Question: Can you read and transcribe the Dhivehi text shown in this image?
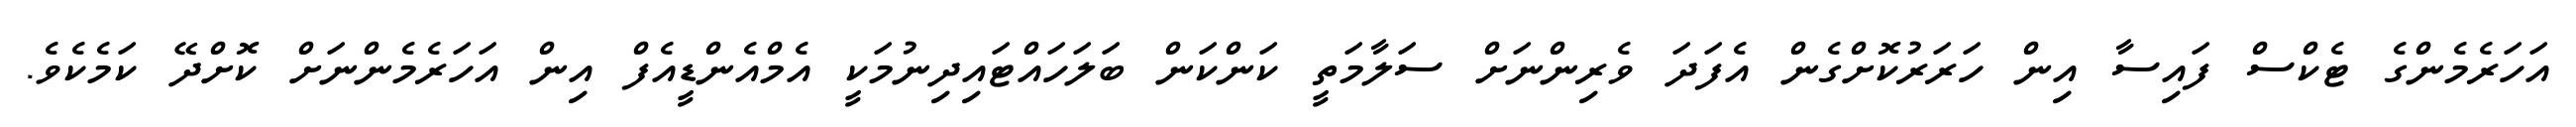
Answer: އަހަރެމެންގެ ޓެކްސް ފައިސާ އިން ހަރަރުކޮށްގެން އެފަދަ ވެރިންނަށް ސަލާމަތީ ކަންކަން ބަލަހައްޓައިދިނުމަކީ އެމްއެންޑީއެފް އިން އަހަރެމެންނަށް ކޮށްދޭ ކަމެކެވެ.